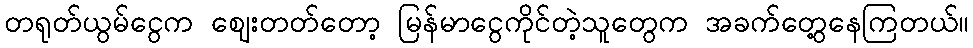
တရုတ်ယွမ်ငွေက ဈေးတတ်တော့ မြန်မာငွေကိုင်တဲ့သူတွေက အခက်တွေ့နေကြတယ်။